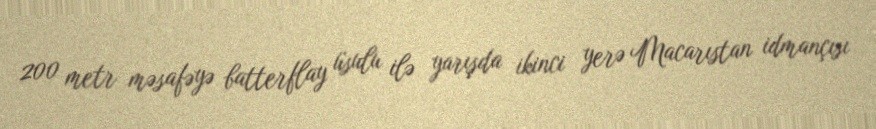
200 metr məsafəyə batterflay üsulu ilə yarışda ikinci yerə Macarıstan idmançısı